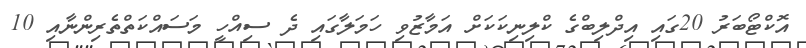
އޮކްޓޯބަރު 20ގައި އިދްލިބްގެ ކްލިނިކަކަށް އަމާޒުވި ހަމަލާގައި ދެ ސިއްހީ މަސައްކަތްތެރިންނާއި 10